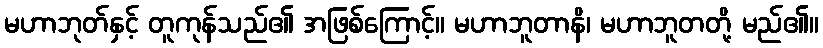
မဟာဘုတ်နှင့် တူကုန်သည်၏ အဖြစ်ကြောင့်။ မဟာဘူတာနိ၊ မဟာဘူတတို့ မည်၏။